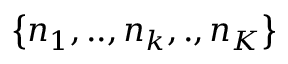
\left\{ { { n } _ { 1 } } , . . , { { n } _ { k } } , . , { { n } _ { K } } \right\}